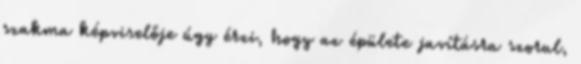
szakma képviselője úgy érzi, hogy az épülete javításra szorul,